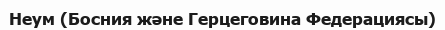
Неум (Босния және Герцеговина Федерациясы)